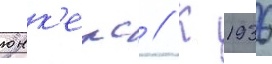
юнк'ерс // К 1936